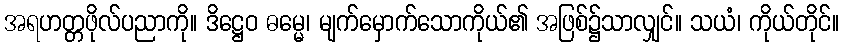
အရဟတ္တဖိုလ်ပညာကို။ ဒိဋ္ဌေဝ ဓမ္မေ၊ မျက်မှောက်သောကိုယ်၏ အဖြစ်၌သာလျှင်။ သယံ၊ ကိုယ်တိုင်။